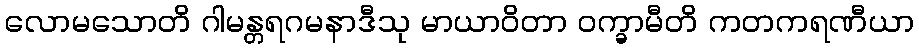
လောမသောတိ ဂါမန္တရဂမနာဒီသု မာယာဝိတာ ဝက္ခာမီတိ ကတကရဏီယာ